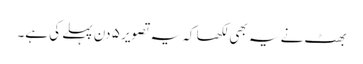
بھٹ نے یہ بھی لکھا کہ یہ تصویر ٥ دن پہلے کی ہے۔